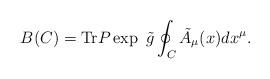
LaTeX: \begin{align*}B(C) = {\rm Tr} P \exp \ \tilde{g} \oint_C \tilde{A}_\mu(x) dx^\mu.\end{align*}